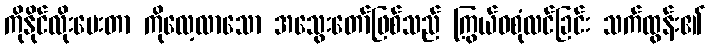
ကိုနိုင်လိုးပေးတာ ကိုလေ့လာသော အသွေးတော်ဖြစ်သည် ကြွယ်ဝစုံလင်ခြင်း သက်ထွန်း၏